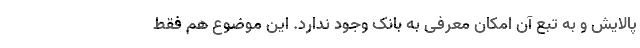
پالایش و به تبع آن امکان معرفی به بانک وجود ندارد. این موضوع هم فقط